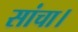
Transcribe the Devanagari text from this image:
सांचा।